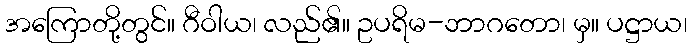
အကြောတို့တွင်။ ဂီဝါယ၊ လည်၏။ ဥပရိမ-ဘာဂတော၊ မှ။ ပဋ္ဌာယ၊